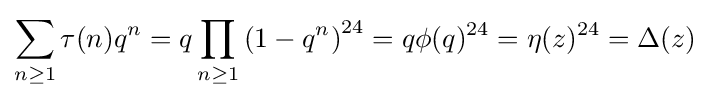
\sum _{n\geq 1}\tau (n)q^{n}=q\prod _{n\geq 1}\left(1-q^{n}\right)^{24}=q\phi (q)^{24}=\eta (z)^{24}=\Delta (z)